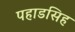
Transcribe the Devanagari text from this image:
पहाडसिह